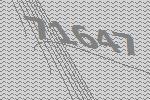
71647